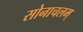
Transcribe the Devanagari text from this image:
सोनाचलम्